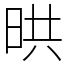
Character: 晎